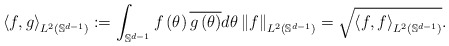
\begin{align*}\left\langle f,g\right\rangle _{L^2(\mathbb{S}^{d-1})}:=\int_{\mathbb{S}^{d-1}}f\left( \theta \right) \overline{g\left( \theta \right) }d\theta \left\Vert f\right\Vert _{L^2(\mathbb{S}^{d-1})}=\sqrt{\left\langle f,f\right\rangle _{L^2(\mathbb{S}^{d-1})}}. \end{align*}